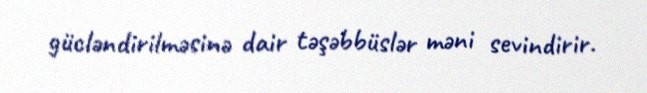
gücləndirilməsinə dair təşəbbüslər məni sevindirir.